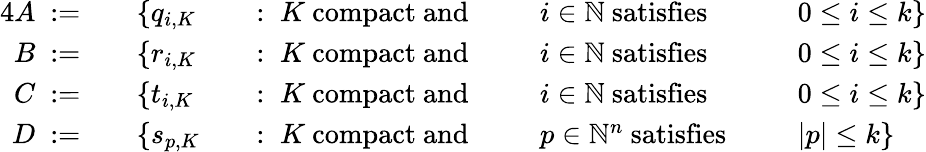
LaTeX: {\begin{array}{rlrlrlrl}{{4}A~:=\quad}&{\{ q_{i,K}}&&{:\; K{\mathrm{~compact~and~}}\; }&&{i\in\mathbb{N}{\mathrm{~satisfies~}}\; }&&{0\leq i\leq k\} }\\ {B~:=\quad}&{\{ r_{i,K}}&&{:\; K{\mathrm{~compact~and~}}\; }&&{i\in\mathbb{N}{\mathrm{~satisfies~}}\; }&&{0\leq i\leq k\} }\\ {C~:=\quad}&{\{ t_{i,K}}&&{:\; K{\mathrm{~compact~and~}}\; }&&{i\in\mathbb{N}{\mathrm{~satisfies~}}\; }&&{0\leq i\leq k\} }\\ {D~:=\quad}&{\{ s_{p,K}}&&{:\; K{\mathrm{~compact~and~}}\; }&&{p\in\mathbb{N}^{n}{\mathrm{~satisfies~}}\; }&&{|p|\leq k\} }\end{array}}